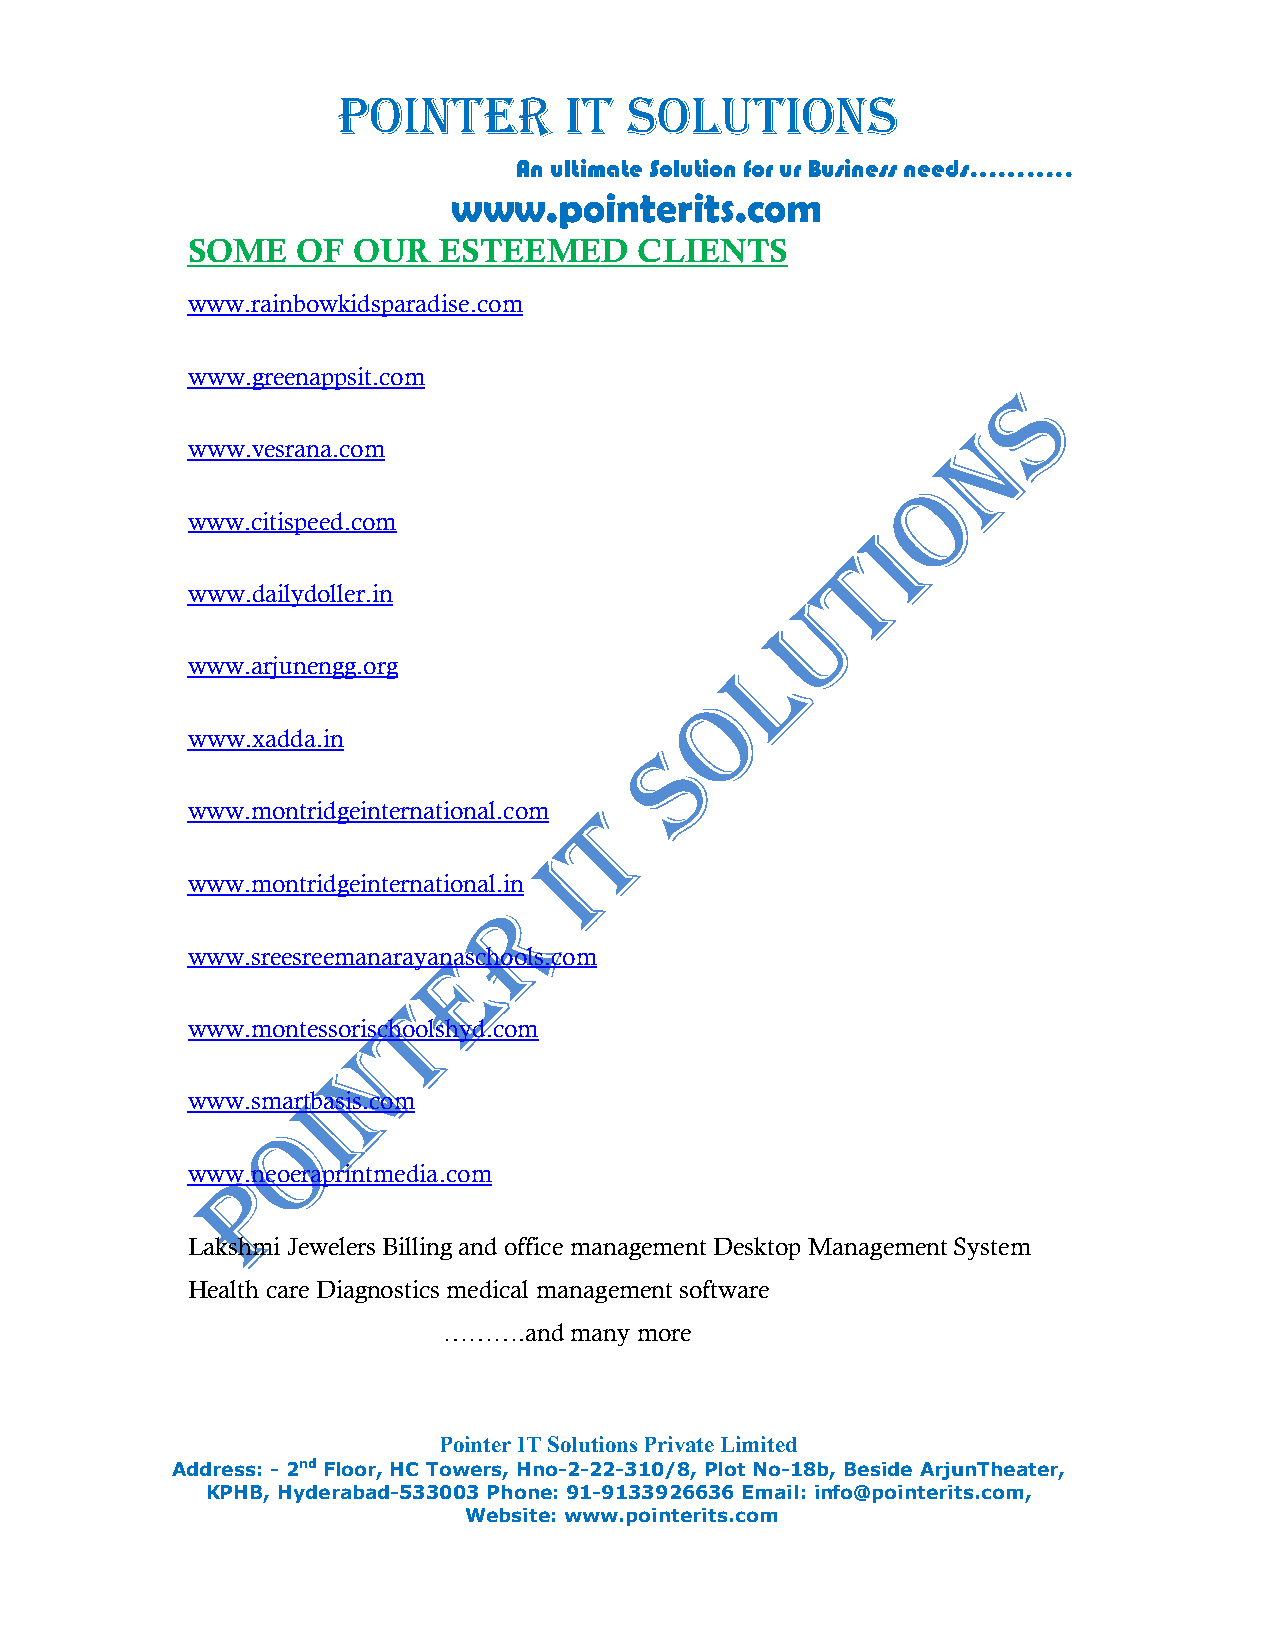
POINTER        IT   SOLUTIONS
 An ultimate Solution for ur Business needs………..
 www.pointerits.com
 SOME    OF OUR   ESTEEMED     CLIENTS
 www.rainbowkidsparadise.com
 www.greenappsit.com
 www.vesrana.com
 www.citispeed.com
 www.dailydoller.in
 www.arjunengg.org
 www.xadda.in
 www.montridgeinternational.com
 www.montridgeinternational.in
 www.sreesreemanarayanaschools.com
 www.montessorischoolshyd.com
 www.smartbasis.com
 www.neoeraprintmedia.com
 Lakshmi Jewelers Billing and office management Desktop Management System
 Health care Diagnostics medical management software
 ……….and  many more
 Pointer IT Solutions Private Limited
 Address: - 2nd Floor, HC Towers, Hno-2-22-310/8, Plot No-18b, Beside ArjunTheater,
 KPHB, Hyderabad-533003 Phone: 91-9133926636 Email: info@pointerits.com,
 Website: www.pointerits.com